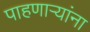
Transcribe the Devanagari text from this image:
पाहणाऱ्यांना